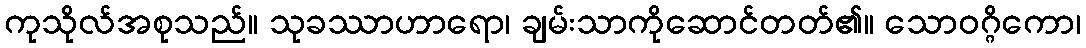
ကုသိုလ်အစုသည်။ သုခဿာဟာရော၊ ချမ်းသာကိုဆောင်တတ်၏။ သောဝဂ္ဂိကော၊